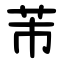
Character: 芾